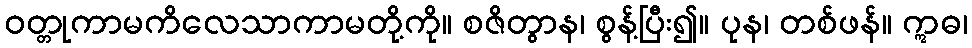
ဝတ္တုကာမကိလေသာကာမတို့ကို။ စဇိတွာန၊ စွန့်ပြီး၍။ ပုန၊ တစ်ဖန်။ ဣဓ၊